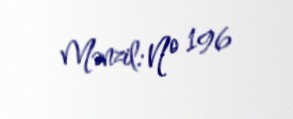
Mənzil: № 196